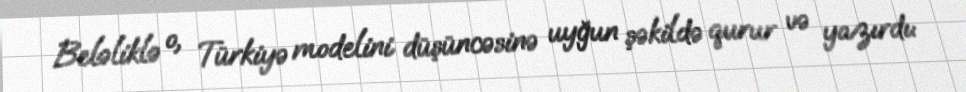
Beləliklə o, Türkiyə modelini düşüncəsinə uyğun şəkildə qurur və yazırdı: